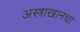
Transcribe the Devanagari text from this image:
अस्त्राखानचा